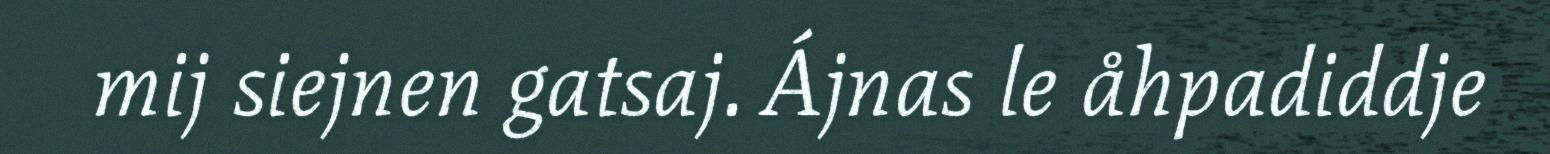
mij siejnen gatsaj. Ájnas le åhpadiddje